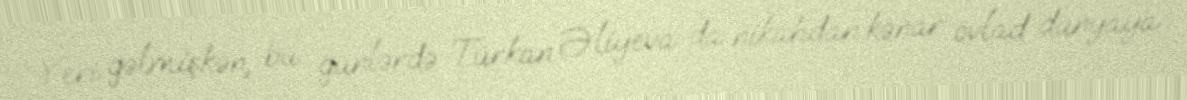
Yeri gəlmişkən, bu günlərdə Türkan Əliyeva da nikahdan kənar övlad dünyaya